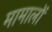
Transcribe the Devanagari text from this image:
मामालों